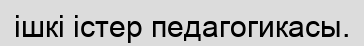
ішкі істер педагогикасы.